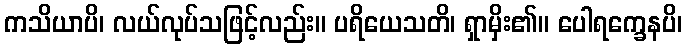
ကသိယာပိ၊ လယ်လုပ်သဖြင့်လည်း။ ပရိယေသတိ၊ ရှာမှိး၏။ ပေါရက္ခေနပိ၊